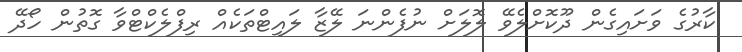
ކާރުގެ ވަށައިގެން ދޫކޮށްލެވޭ ލޮލަށް ނުފެންނަ ލޭޒާ ލައިޓްތަކެއް ރިފްލެކްޓްވާ ގޮތުން ހޯދޭ